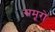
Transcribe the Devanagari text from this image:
समूरो